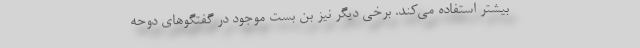
بیشتر استفاده می‌کند. برخی دیگر نیز بن بست موجود در گفتگوهای دوحه